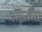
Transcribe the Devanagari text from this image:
गल्लीला